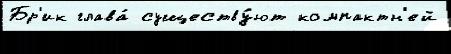
Бр'ик глава́ существу́ют компактн'ей